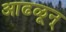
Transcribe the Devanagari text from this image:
आढळून्